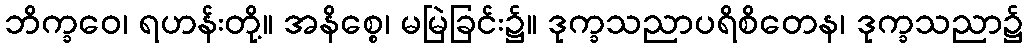
ဘိက္ခဝေ၊ ရဟန်းတို့။ အနိစ္စေ၊ မမြဲခြင်း၌။ ဒုက္ခသညာပရိစိတေန၊ ဒုက္ခသညာ၌